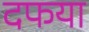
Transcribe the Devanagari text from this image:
दफया